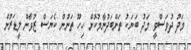
މަދު ދުވަސްވީ މަދު ބަޔަކު ތަންބަދުނާމުކޮށް ހިހޫ ތަނުން ކެޔަސް ޒުވާން ލީޑަރުން